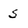
Character: 5